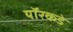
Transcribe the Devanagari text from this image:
यॉरकडे